Seli_vallavalitsus_Parnumaal, lk 32
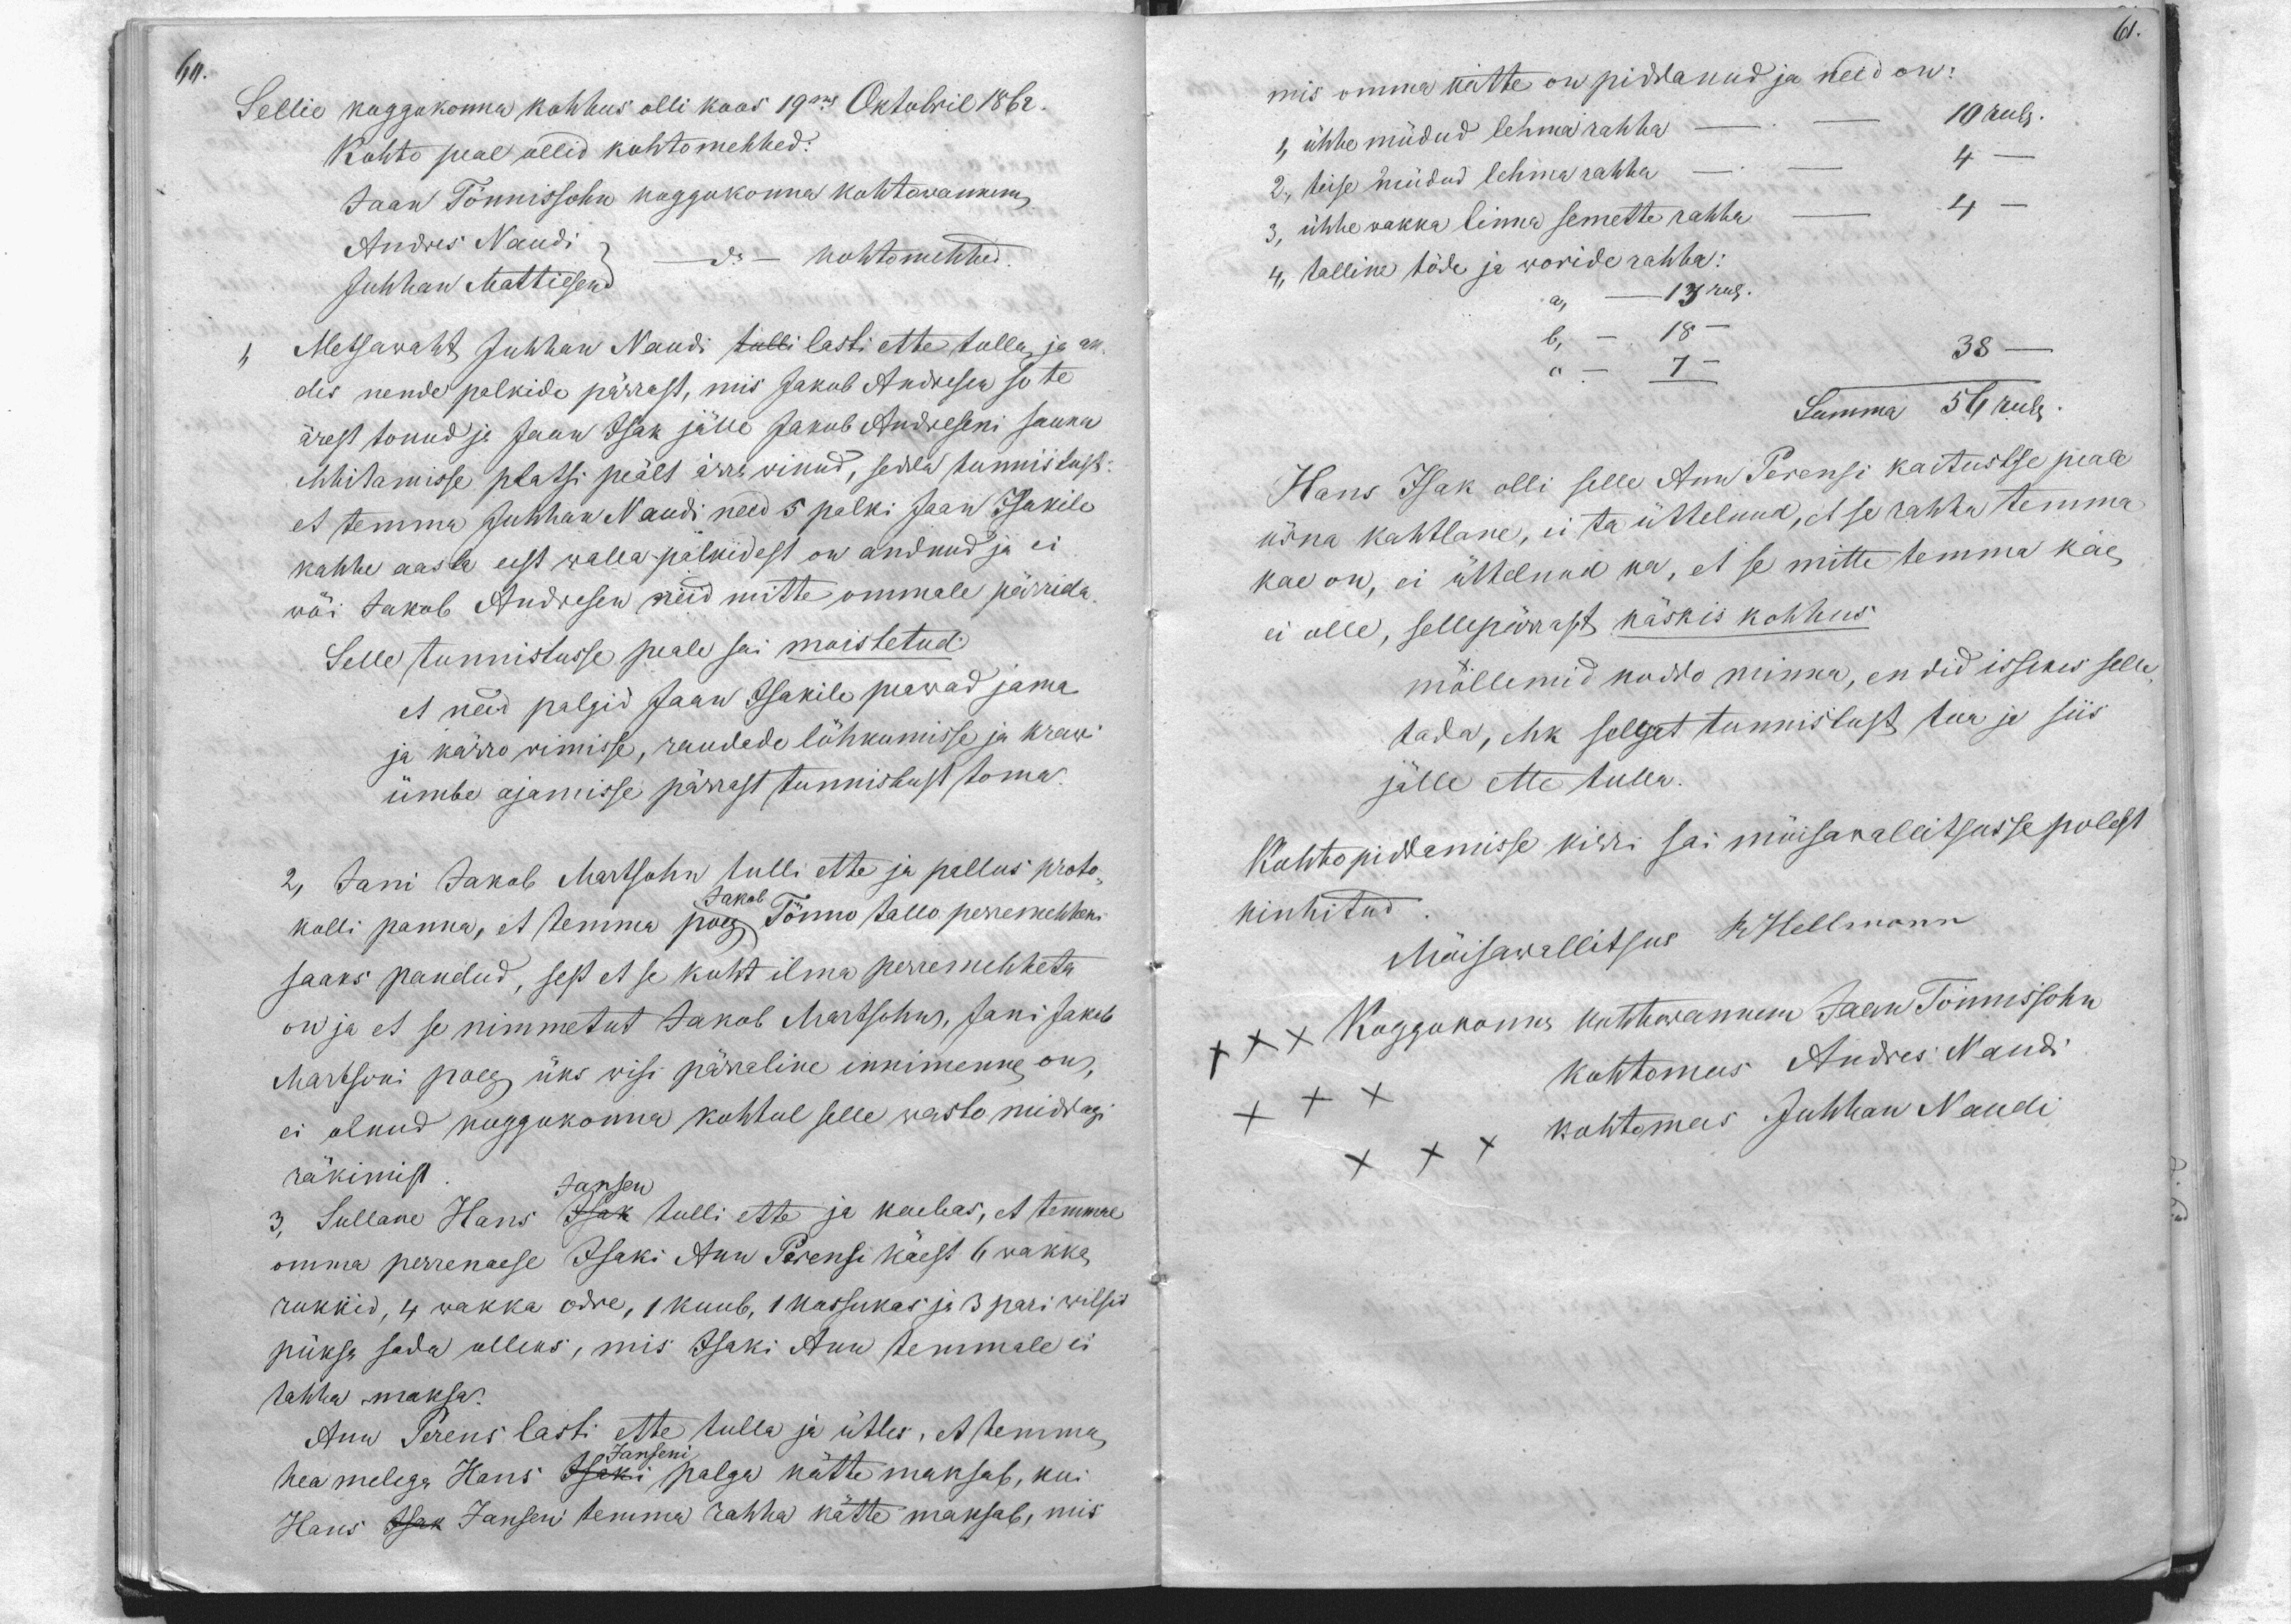
61.

60.

Sellie koggokonna kohhus olli koos 19mal Oktobril 1867.
Kohto peal ollid kohtomehhed:
Jaan Tõnnissohn koggokonna kohtowanem,
Andres Naudi
do - kohtomehhed.
Juhhan Mattiesen
1, Metsawaht Juhhan Naudi tulli lasti ette tulla ja an-
dis nende palkide pärrast, mis Jakob Andresen so te
ärest tonud ja Jaan Isak jälle Jakob Andreseni sauna
ehhitamisse platsi pealt ärra winud, sedda tunnistusses
et temma Juhhan Naudi need 5 palki Jaan Isakile
kahhe aasta eest walla palkidest on andnud ja ei
wöi Jakob Andresen neid mitte ommale pärrida.
Selle tunnistusse peale sai moistetud:
et need palgid Jaan Isakile peawad jama
ja kärro wimisse, raudade löhkumisse ja krawi
ümbe ajamisse pärrast tunnistust toma.
2, Jani Jakob Martsohn tulli ette ja pallus proto-
Jakob
kolli panna, et temma poeg Tönno tallo perremehheks
saaks pandud, sest et se koht ilma perremehheta
on ja et se nimmetut Jakob Martsohn, Jani Jakob
Martsoni poeg üks wisi pärraline innimenne on,
ei olnud koggukonna kohtul selle wasto midagi
räkimist
3, Sullane Hans Isak tulli ette ja kaebas, et temma
Jansen
omma perrenaese Isaki Ann Perensi käest 6 wakka
rukkid, 4 wakka odre, 1 kuub, 1 kassukas ja 3 pari wilsid
püksa sada olleks, mis Isaki Ann temmale ei
tahha maksa.
Ann Perens lasti ette tulla ja ütles, et temma,
Janseni
hea melega Hans Isaki palga kätte maksab, kui
Hans Isak Jansen temma rahha kätte maksab, mis

mis omma kätte on piddanud ja need on:
1, ühhe müüdud lehma rahha
10 rub.
2, teise müdud lehma rahha
4
3, ühhe wakka linna semette rahha
4
4, talline töde ja woride rahha:
13 rub.
b, - 18 -
c, 7 -
38 -
Summa 56 rub.
Hans Isak olli selle Ann Perensi kaitustse peale
üsna kahtlane, ei ta üttelnud, et se rahha temma
kae on, ei üttelnud ka, et se mitte temma käe,
ei olle, sellepärast käskis kohhus
möllemid koddo minna, endid issekes selle-
tada, ehk selget tunnistust tua ja siis
jälle ette tulla.
Kohtopiddamisse kirri sai möisawallitsusse polest
kinnitud
Möisawallitsus R. Hellmann
xxx koggokonna kohtowannem Jaan Tönnissohn
kohtomees Andres Naudi
kohtomees Juhhan Naudi